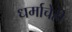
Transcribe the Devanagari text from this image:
धर्माचेही